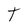
Character: t